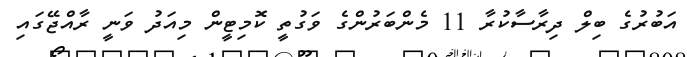
އަބުރުގެ ބިލް ދިރާސާކުރާ 11 މެންބަރުންގެ ވަގުތީ ކޮމިޓީން މިއަދު ވަނީ ރާއްޖޭގައި